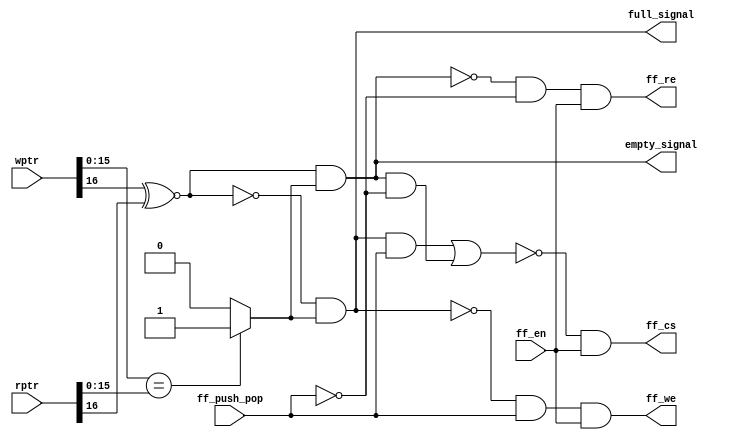
module Status_Signal

#(
	parameter ADDR_WIDTH = 16
)

(
	input ff_en,
	input ff_push_pop,
	input [ADDR_WIDTH:0] wptr,
	input [ADDR_WIDTH:0] rptr,
	output ff_we,
	output ff_re,
	output ff_cs,
	output full_signal,
	output empty_signal
);

	wire pointer_equal;
	wire fbit_equal;
	wire overflow, underflow;
	
	
	assign fbit_equal = wptr[ADDR_WIDTH] ~^ rptr[ADDR_WIDTH];
	assign pointer_equal = (wptr[ADDR_WIDTH-1:0] == rptr[ADDR_WIDTH-1:0]) ? 1 : 0;
	
	assign full_signal = (~fbit_equal) & pointer_equal;
	assign empty_signal = fbit_equal & pointer_equal;
	
	assign ff_we = (~full_signal) & ff_push_pop & ff_en;
	assign ff_re = (~empty_signal) & (~ff_push_pop) & ff_en;
	
	assign overflow = full_signal & ff_push_pop;
	assign underflow = empty_signal & (~ff_push_pop);
	
	assign ff_cs = ~(overflow || underflow) & ff_en;
	
endmodule